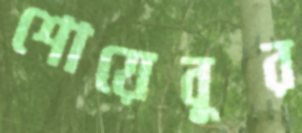
শোয়েবুর